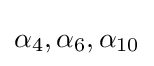
\alpha _{4},\alpha _{6},\alpha _{10}